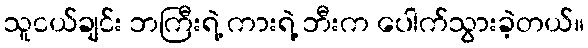
သူငယ်ချင်း ဘကြီးရဲ့ ကားရဲ့ ဘီးက ပေါက်သွားခဲ့တယ်။